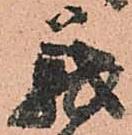
義